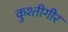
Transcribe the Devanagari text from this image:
कुश्तीगीर